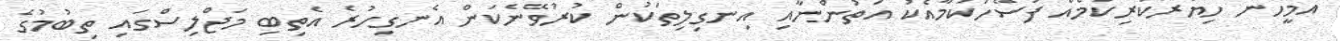
އެމީހުން ހިޔާރުކުރިކަމެއް ފަސޭހަކަމާއެކު އަތުންނާއި އިނގިލިތަކުން ކުރުވޭނެކަން އެނގިހުރެ އެތިބި މަޖްލިސްގައި ތިބުމުގެ